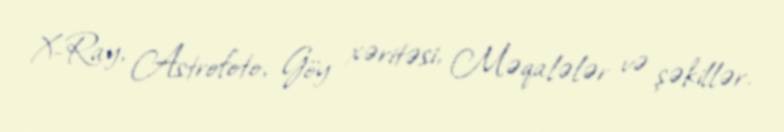
X-Ray, Astrofoto, Göy xəritəsi, Məqalələr və şəkillər.